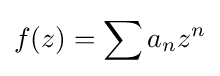
f(z)=\sum a_{n}z^{n}